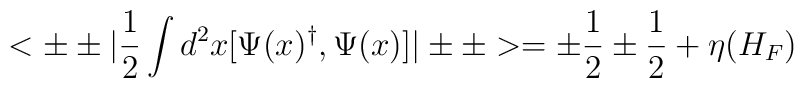
<\pm\pm |{1\over2}\int d^2x [\Psi(x)^\dagger, \Psi(x)] |\pm\pm >=\pm{1\over2}\pm{1\over2} +\eta(H_F)